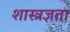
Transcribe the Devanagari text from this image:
शास्त्रज्ञता